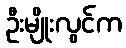
ဦးမျိုးလွင်က